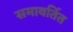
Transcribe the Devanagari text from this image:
समावर्तित